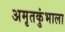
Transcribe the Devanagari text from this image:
अमृतकुंभाला